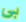
بي